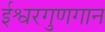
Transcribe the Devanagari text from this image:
ईश्वरगुणगान